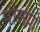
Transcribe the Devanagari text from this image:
पौसण